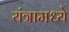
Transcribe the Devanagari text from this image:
यंत्रामध्ये